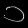
Digit: ၁